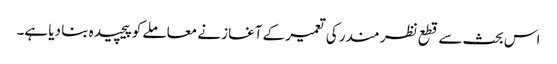
اس بحث سے قطع نظر مندر کی تعمیر کے آغاز نے معاملے کو پیچیدہ بنا دیا ہے۔